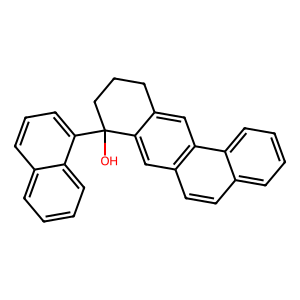
SMILES: OC1(c2cccc3ccccc23)CCCc2cc3c(ccc4ccccc43)cc21
Inhibits HIV replication: No